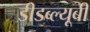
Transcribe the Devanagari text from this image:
डीडब्ल्यूबी